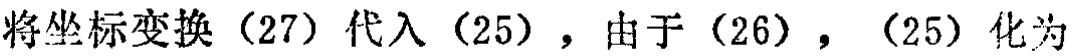
将坐标变换（27）代入（25），由于（26），（25）化为